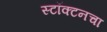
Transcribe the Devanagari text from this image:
स्टॉक्टनचा